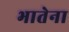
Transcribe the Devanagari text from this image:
भातेना